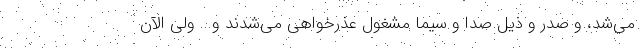
می‌شد، و صدر و ذیل صدا و سیما مشغول عذرخواهی می‌شدند و... ولی الآن